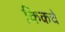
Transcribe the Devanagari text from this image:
किकचे